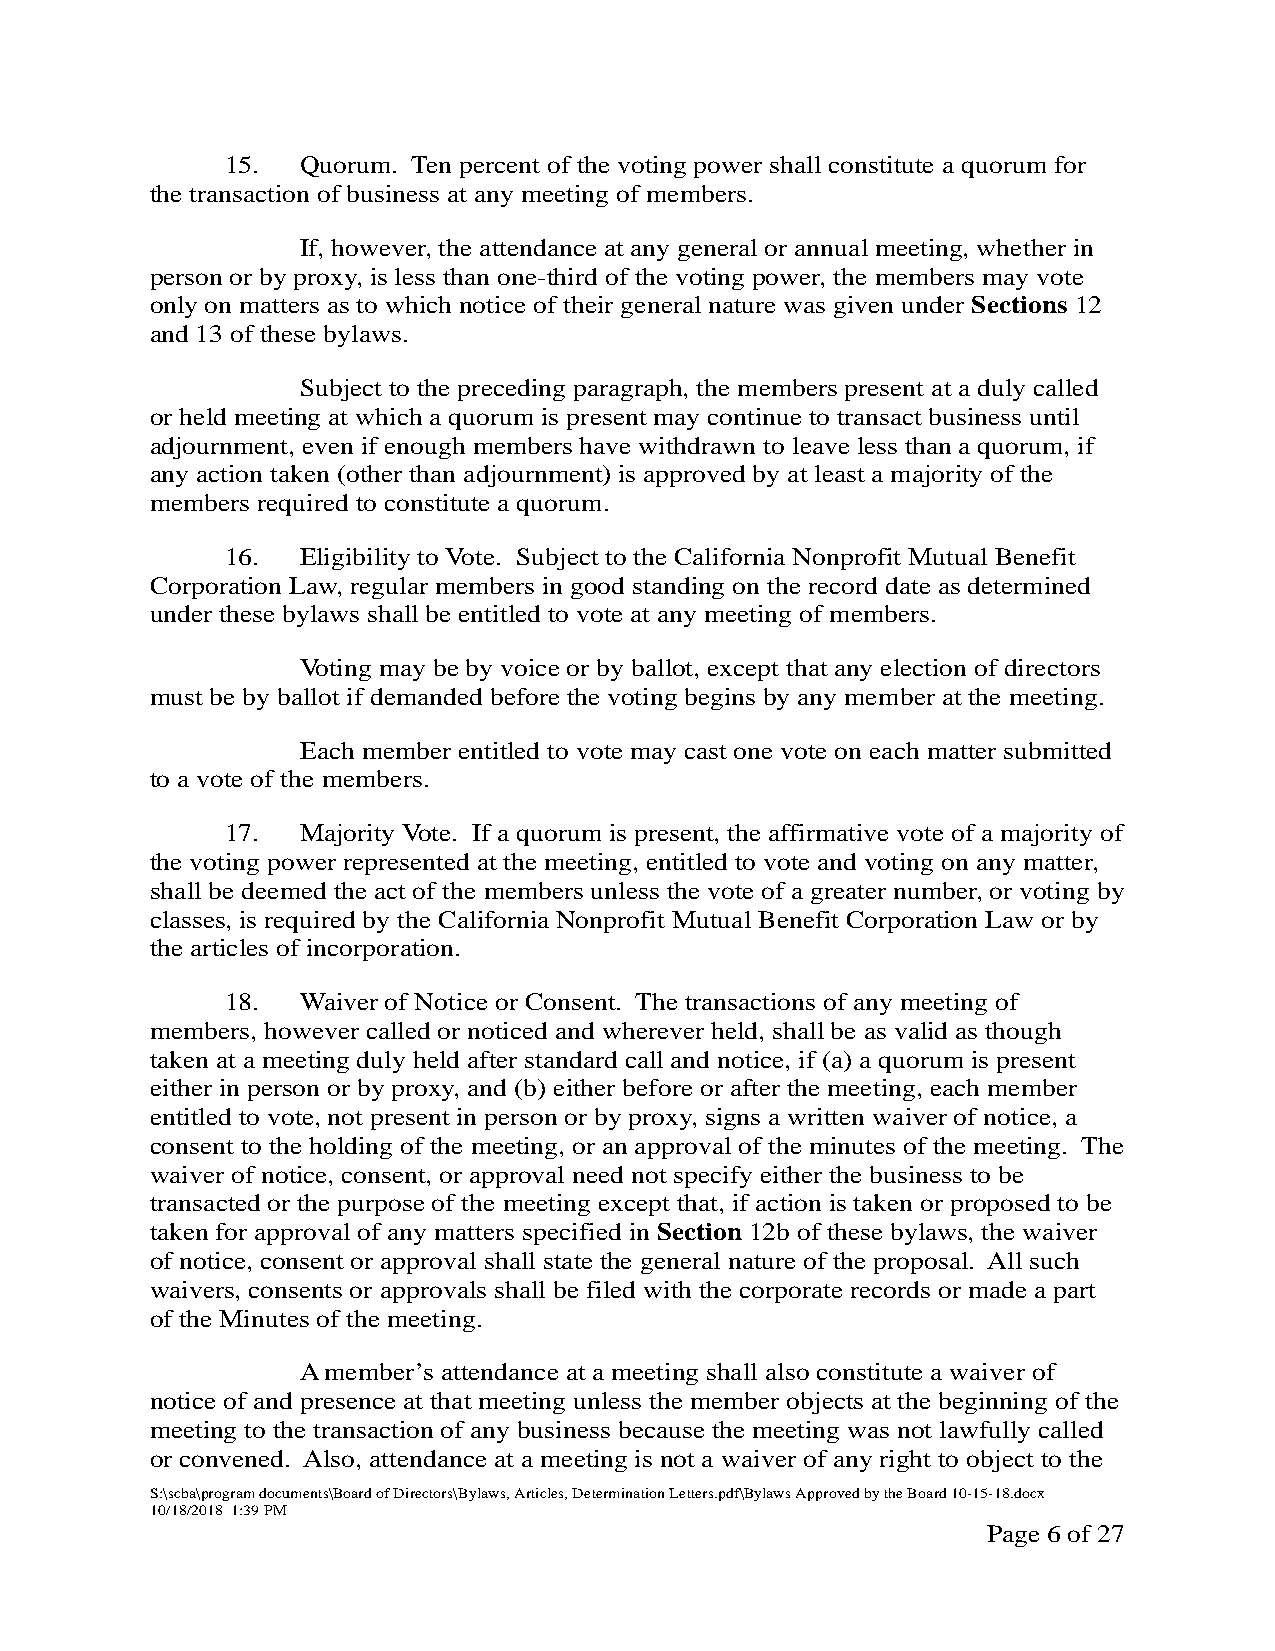
15.  Quorum. Ten percent of the voting power shall constitute a quorum for
 the transaction of business at any meeting of members.
 If, however, the attendance at any general or annual meeting, whether in
 person or by proxy, is less than one-third of the voting power, the members may vote
 only on matters as to which notice of their general nature was given under Sections 12
 and 13 of these bylaws.
 Subject to the preceding paragraph, the members present at a duly called
 or held meeting at which a quorum is present may continue to transact business until
 adjournment, even if enough members have withdrawn to leave less than a quorum, if
 any action taken (other than adjournment) is approved by at least a majority of the
 members required to constitute a quorum.
 16.  Eligibility to Vote. Subject to the California Nonprofit Mutual Benefit
 Corporation Law, regular members in good standing on the record date as determined
 under these bylaws shall be entitled to vote at any meeting of members.
 Voting may be by voice or by ballot, except that any election of directors
 must be by ballot if demanded before the voting begins by any member at the meeting.
 Each member entitled to vote may cast one vote on each matter submitted
 to a vote of the members.
 17.  Majority Vote. If a quorum is present, the affirmative vote of a majority of
 the voting power represented at the meeting, entitled to vote and voting on any matter,
 shall be deemed the act of the members unless the vote of a greater number, or voting by
 classes, is required by the California Nonprofit Mutual Benefit Corporation Law or by
 the articles of incorporation.
 18.  Waiver of Notice or Consent. The transactions of any meeting of
 members, however called or noticed and wherever held, shall be as valid as though
 taken at a meeting duly held after standard call and notice, if (a) a quorum is present
 either in person or by proxy, and (b) either before or after the meeting, each member
 entitled to vote, not present in person or by proxy, signs a written waiver of notice, a
 consent to the holding of the meeting, or an approval of the minutes of the meeting. The
 waiver of notice, consent, or approval need not specify either the business to be
 transacted or the purpose of the meeting except that, if action is taken or proposed to be
 taken for approval of any matters specified in Section 12b of these bylaws, the waiver
 of notice, consent or approval shall state the general nature of the proposal. All such
 waivers, consents or approvals shall be filed with the corporate records or made a part
 of the Minutes of the meeting.
 A member’s attendance at a meeting shall also constitute a waiver of
 notice of and presence at that meeting unless the member objects at the beginning of the
 meeting to the transaction of any business because the meeting was not lawfully called
 or convened. Also, attendance at a meeting is not a waiver of any right to object to the
 S:\scba\program documents\Board of Directors\Bylaws, Articles, Determination Letters.pdf\Bylaws Approved by the Board 10-15-18.docx
 10/18/2018 1:39 PM
 Page 6 of 27